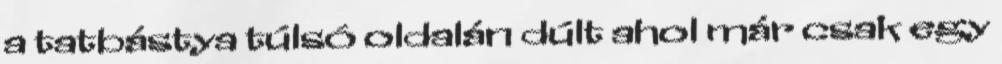
a tatbástya túlsó oldalán dúlt ahol már csak egy